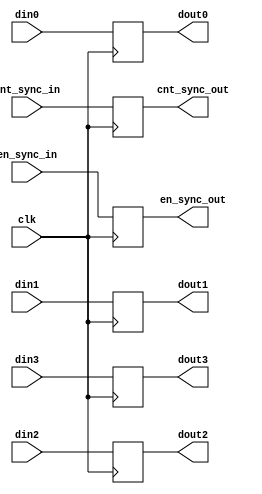
`timescale 1ns / 1ps
//////////////////////////////////////////////////////////////////////////////////
// Company: 
// Engineer: 
// 
// Design Name: 
// Module Name:    DELAY_MODULE 
// Project Name: 
// Target Devices: 
// Tool versions: 
// Description: 
//
// Dependencies: 
//
// Revision: 
// Revision 0.01 - File Created
// Additional Comments: 
//
//////////////////////////////////////////////////////////////////////////////////
module DELAY_MODULE
#(
	parameter BITWIDTH = 7,
	parameter FFT_POINT = 512,
	parameter SUB_FFT_POINT = 512
)(
	input clk,
	//input rst,
	
	input en_sync_in,
	input [(BITWIDTH+1):0]cnt_sync_in,
	input [15:0] din0,
	input [15:0] din1,
	input [15:0] din2,
	input [15:0] din3,
	
	output reg en_sync_out,
	output reg [(BITWIDTH+1):0]cnt_sync_out,
	output reg [15:0] dout0,
	output reg [15:0] dout1,
	output reg [15:0] dout2,
	output reg [15:0] dout3
    );
	 
always @(posedge clk)
	begin
		//if(rst)
		//	begin
		//		en_sync_out<=0;
		//		cnt_sync_out<=0;
		//		dout0<=0;
		//		dout1<=0;
		//		dout2<=0;
		//		dout3<=0;
		//	end
		//else
			begin
				en_sync_out<=en_sync_in;
				cnt_sync_out<=cnt_sync_in;
				dout0<=din0;
				dout1<=din1;
				dout2<=din2;
				dout3<=din3;
			end
	end


endmodule